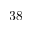
3 8